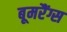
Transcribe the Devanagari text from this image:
बूमरैंग्स